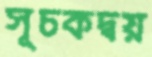
সূচকদ্বয়